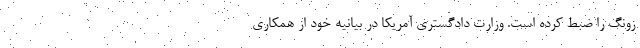
زونگ را ضبط کرده است. وزارت دادگستری آمریکا در بیانیه خود از همکاری